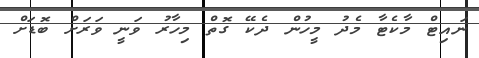
ނައިޓް މާކެޓާ މެދު މީހުން ދެކޭ ގޮތް މިހާރު ވަނީ ވަރަށް ބޮޑަށް